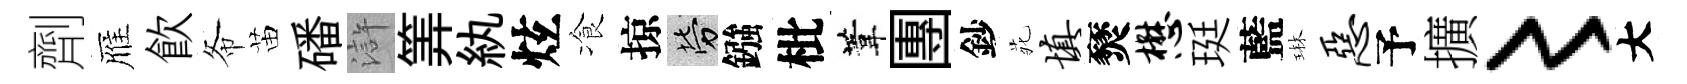
劑雁飮𢁙苗磻滸筭紈炫飡掠勞鏹枇葦團鈔𫟍填燹懋珽藍琳恶予擴〻大